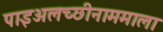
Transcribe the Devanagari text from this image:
पाइअलच्छीनाममाला